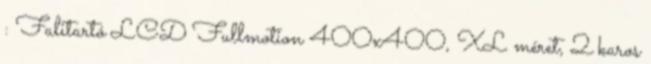
: Falitartó LCD Fullmotion 400x400, XL méret, 2 karos